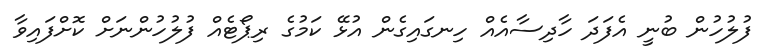
ފުލުހުން ބުނީ އެފަދަ ހާދިސާއެއް ހިނގައިގެން އުޅޭ ކަމުގެ ރިޕޯޓެއް ފުލުހުންނަށް ކޮށްފައިވާ